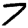
Digit: 7